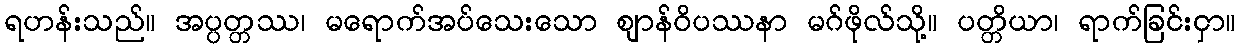
ရဟန်းသည်။ အပ္ပတ္တဿ၊ မရောက်အပ်သေးသော ဈာန်ဝိပဿနာ မဂ်ဖိုလ်သို့။ ပတ္တိယာ၊ ရာက်ခြင်းငှာ။